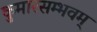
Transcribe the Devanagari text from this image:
कुमारसम्भवम्‌